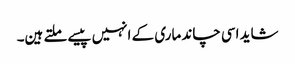
شاید اسی چاند ماری کے انہیں پیسے ملتے ہین۔